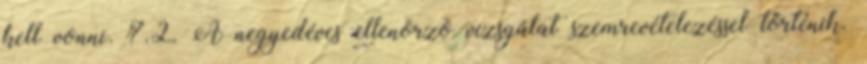
kell vonni. 7.2. A negyedéves ellenõrzõ vizsgálat szemrevételezéssel történik.